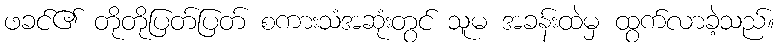
ဖခင်၏ တိုတိုပြတ်ပြတ် စကားသံအဆုံးတွင် သူမ အခန်းထဲမှ ထွက်လာခဲ့သည်။